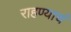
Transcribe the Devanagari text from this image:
राहण्याचं